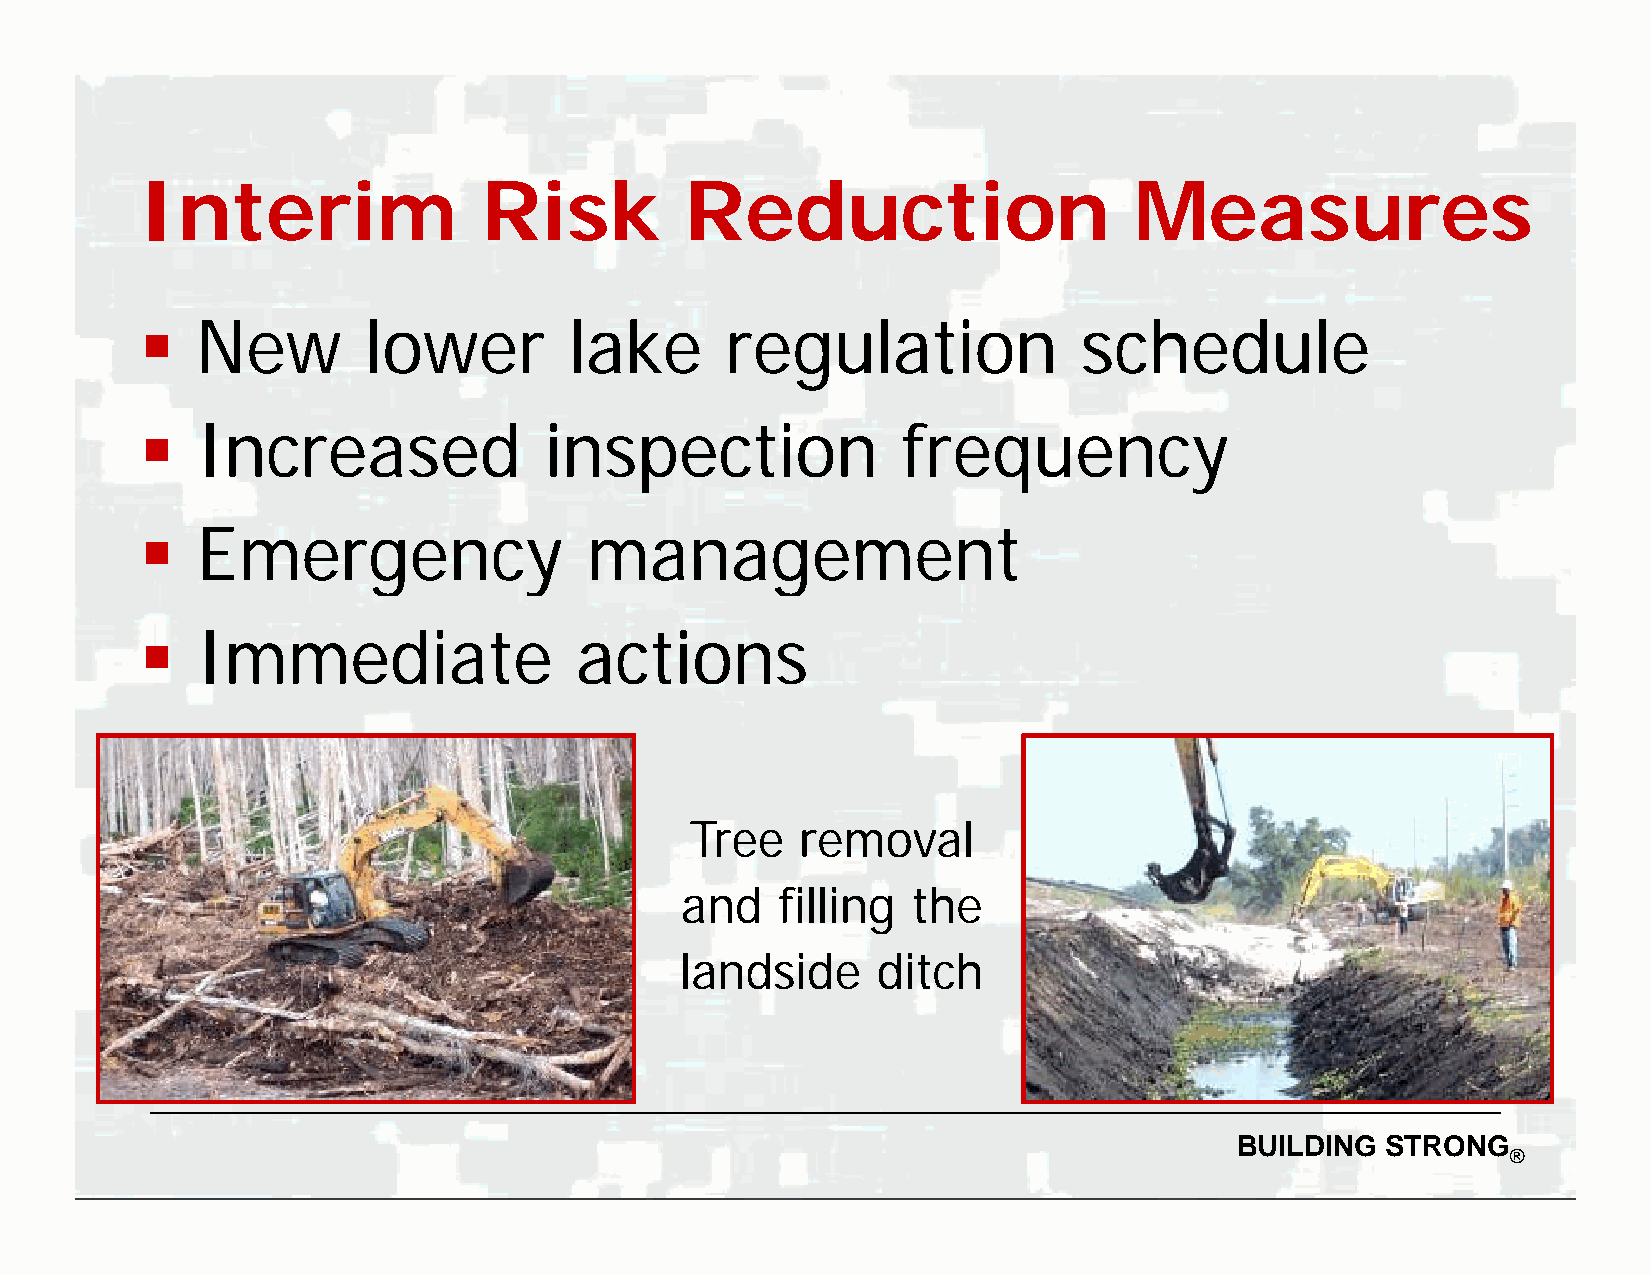
IIIInnnntttteeeerrrriiiimmmm RRRRiiiisssskkkk RRRReeeedddduuuuccccttttiiiioooonnnn MMMMeeeeaaaassssuuuurrrreeeessss
    New        lower         lake      regulation              schedule
    Increased              inspection              frequency
   EEmmeerrggeennccyy        mmaannaaggeemmeenntt
    Immediate                actions
 Tree   removal
 and   filling  the
 landside     ditch
 BUILDING  STRONG
 ®